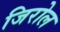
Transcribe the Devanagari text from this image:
जिरोल